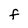
Character: f